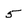
Character: 5